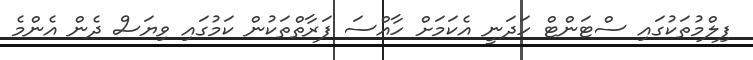
ފިލްމުތަކުގައި ސްޓަންޓް ހަދަނީ އެކަމަށް ހާއްސަ ފަރާތްތަކުން ކަމުގައި ވިޔަސް ދެން އެންމެ